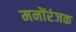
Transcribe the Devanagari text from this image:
मनोंरंजक